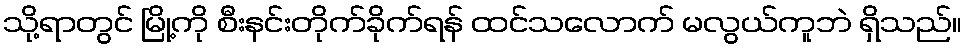
သို့ရာတွင် မြို့ကို စီးနင်းတိုက်ခိုက်ရန် ထင်သလောက် မလွယ်ကူဘဲ ရှိသည်။